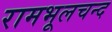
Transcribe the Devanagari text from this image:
रामभूलचन्द